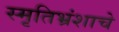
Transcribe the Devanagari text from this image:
स्मृतिभ्रंशाचे